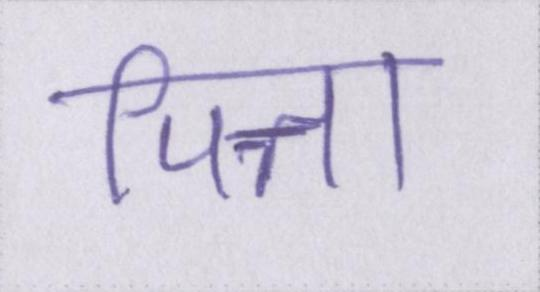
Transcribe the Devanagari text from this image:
पित्त